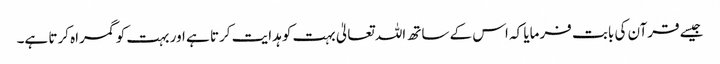
جیسے قرآن کی بابت فرمایا کہ اس کے ساتھ اللہ تعالیٰ بہت کو ہدایت کرتا ہے اور بہت کو گمراہ کرتا ہے۔